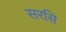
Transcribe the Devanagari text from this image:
सरसि